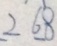
2 6 8